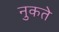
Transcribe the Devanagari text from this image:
नुकते